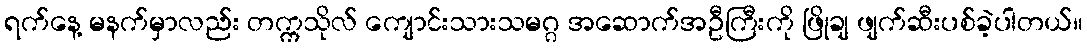
ရက်နေ့ မနက်မှာလည်း တက္ကသိုလ် ကျောင်းသားသမဂ္ဂ အဆောက်အဦကြီးကို ဖြိုချ ဖျက်ဆီးပစ်ခဲ့ပါတယ်။